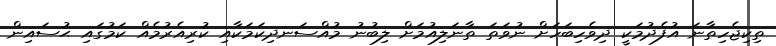
ތިކިޖެހިތާނަ އުފެދުމަކީ ދިވެހިބަހަށް ނުވަތަ ތާނަލިއުމަށް ލިބުނު މުއްސަނދިކަމަކާއި ކުރިއެރުމެއް ކަމުގައި ޙުސައިން